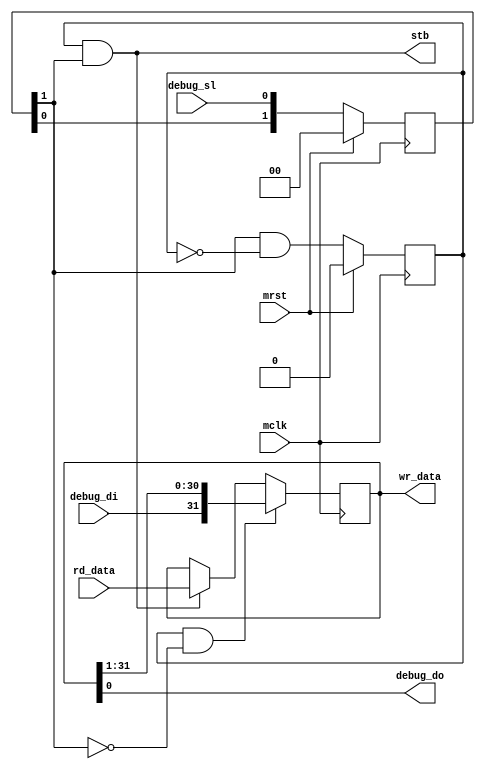
/*!
 * <b>Module:</b>debug_slave
 * @file debug_slave.v
 * @date 2015-09-03  
 * @author Andrey Filippov     
 *
 * @brief Send/receive debug data over the serial ring
 *
 * @copyright Copyright (c) 2015 Elphel, Inc .
 *
 * <b>License:</b>
 *
 * debug_slave.v is free software; you can redistribute it and/or modify
 * it under the terms of the GNU General Public License as published by
 * the Free Software Foundation, either version 3 of the License, or
 * (at your option) any later version.
 *
 *  debug_slave.v is distributed in the hope that it will be useful,
 * but WITHOUT ANY WARRANTY; without even the implied warranty of
 * MERCHANTABILITY or FITNESS FOR A PARTICULAR PURPOSE.  See the
 * GNU General Public License for more details.
 *
 * You should have received a copy of the GNU General Public License
 * along with this program.  If not, see <http://www.gnu.org/licenses/> .
 *
 * Additional permission under GNU GPL version 3 section 7:
 * If you modify this Program, or any covered work, by linking or combining it
 * with independent modules provided by the FPGA vendor only (this permission
 * does not extend to any 3-rd party modules, "soft cores" or macros) under
 * different license terms solely for the purpose of generating binary "bitstream"
 * files and/or simulating the code, the copyright holders of this Program give
 * you the right to distribute the covered work without those independent modules
 * as long as the source code for them is available from the FPGA vendor free of
 * charge, and there is no dependence on any encrypted modules for simulating of
 * the combined code. This permission applies to you if the distributed code
 * contains all the components and scripts required to completely simulate it
 * with at least one of the Free Software programs.
 */
`timescale 1ns/1ps

module  debug_slave#(
      parameter SHIFT_WIDTH =       32, // data width (easier to use multiple of 32, but not required)
      parameter READ_WIDTH =        32, // number of status bits to send over the ring (LSB aligned to the shift register)
      parameter WRITE_WIDTH =       32, // number of status bits to receive over the ring (LSB aligned to the shift register)
      parameter DEBUG_CMD_LATENCY =  2 // >0 extra registers in the debug_sl (distriburted in parallel)
)(
    input   mclk,
    input   mrst,
    // 3-wire debug interface
    input   debug_di,    // debug data received over the ring
    input   debug_sl,    // 0 - idle, (1,0) - shift, (1,1) - load
    output  debug_do,    // debug data sent over the ring

    // payload interface
    input   [READ_WIDTH - 1 : 0] rd_data, // local data to send over the daisy-chained ring
    output [WRITE_WIDTH - 1 : 0] wr_data, // received data to be used here (some bits may be used as address and wr_en
    output                       stb
);
    reg     [SHIFT_WIDTH - 1 : 0] data_sr;
    reg                           cmd; //command stae (0 - idle)  
    reg   [DEBUG_CMD_LATENCY : 0] cmd_reg; // MSB not used and will be optimized out
    wire                          cmd_reg_dly = cmd_reg[DEBUG_CMD_LATENCY-1];
    wire  [SHIFT_WIDTH + READ_WIDTH - 1 :0] ext_rdata = {{SHIFT_WIDTH{1'b0}}, rd_data};
    assign wr_data = data_sr[WRITE_WIDTH - 1 : 0];
    assign stb = cmd &&  cmd_reg_dly;
    assign debug_do = data_sr[0];
    always @ (posedge mclk) begin

        if (mrst) cmd_reg <= 0;
        else      cmd_reg <= {cmd_reg[DEBUG_CMD_LATENCY - 1 : 0], debug_sl};
        
        if (mrst) cmd <= 0;
        else      cmd <= cmd_reg_dly & ~cmd;

        if      (cmd && !cmd_reg_dly) data_sr <= {debug_di, data_sr[SHIFT_WIDTH - 1 :1]};
        else if (cmd &&  cmd_reg_dly) data_sr <= ext_rdata[SHIFT_WIDTH - 1 : 0];
        
    end    

endmodule